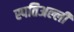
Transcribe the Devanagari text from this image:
स्पतिअल्ली